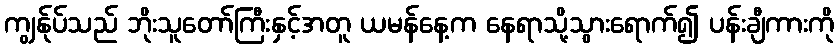
ကျွန်ုပ်သည် ဘိုးသူတော်ကြီးနှင့်အတူ ယမန်နေ့က နေရာသို့သွားရောက်၍ ပန်းချီကားကို